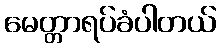
မေတ္တာရပ်ခံပါတယ်